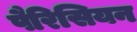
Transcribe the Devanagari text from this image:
पैरिसियन